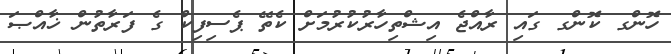
ހޮންގ ކޮންގ ގައި ރާއްޖެ އިޝްތިހާރުކުރުމަށް ކެތޭ ޕެސިފިކް ގެ ފަރާތުން ޚާއްޞަ